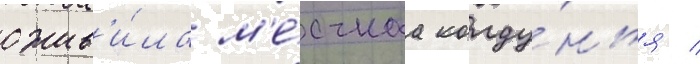
ожив'и́ла м'е́стнаа колду́нья /